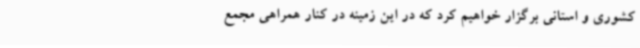
کشوری و استانی برگزار خواهیم کرد که در این زمینه در کنار همراهی مجمع